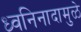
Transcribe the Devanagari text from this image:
ध्वनिनादामुळे